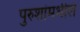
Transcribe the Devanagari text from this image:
पुरुशांमधील